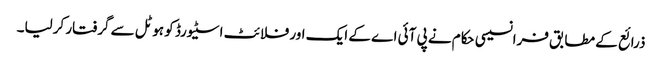
ذرائع کے مطابق فرانسیسی حکام نے پی آئی اے کے ایک اور فلائٹ اسٹیورڈ کو ہوٹل سے گرفتار کرلیا۔